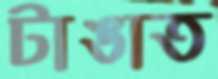
টাঙাত